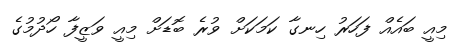
މިއީ ބައެއް ފަހަރު ހިނގާ ކަމަކަށް ވުރެ ބޮޑަށް މިއީ ވަޒީފާ ހޯދުމުގެ